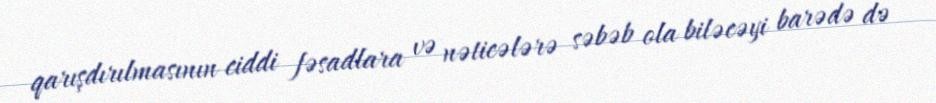
qarışdırılmasının ciddi fəsadlara və nəticələrə səbəb ola biləcəyi barədə də